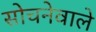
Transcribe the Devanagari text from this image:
सोचनेवाले